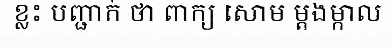
ខ្លះ បញ្ជាក់ ថា ពាក្យ សោម ម្តងម្កាល